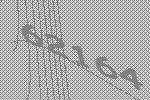
62164